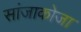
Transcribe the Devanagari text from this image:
सांजाकोजा